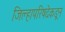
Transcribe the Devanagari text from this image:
जिल्हापरिषदेकडून